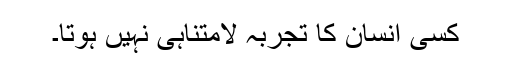
کسی انسان کا تجربہ لامتناہی نہیں ہوتا۔